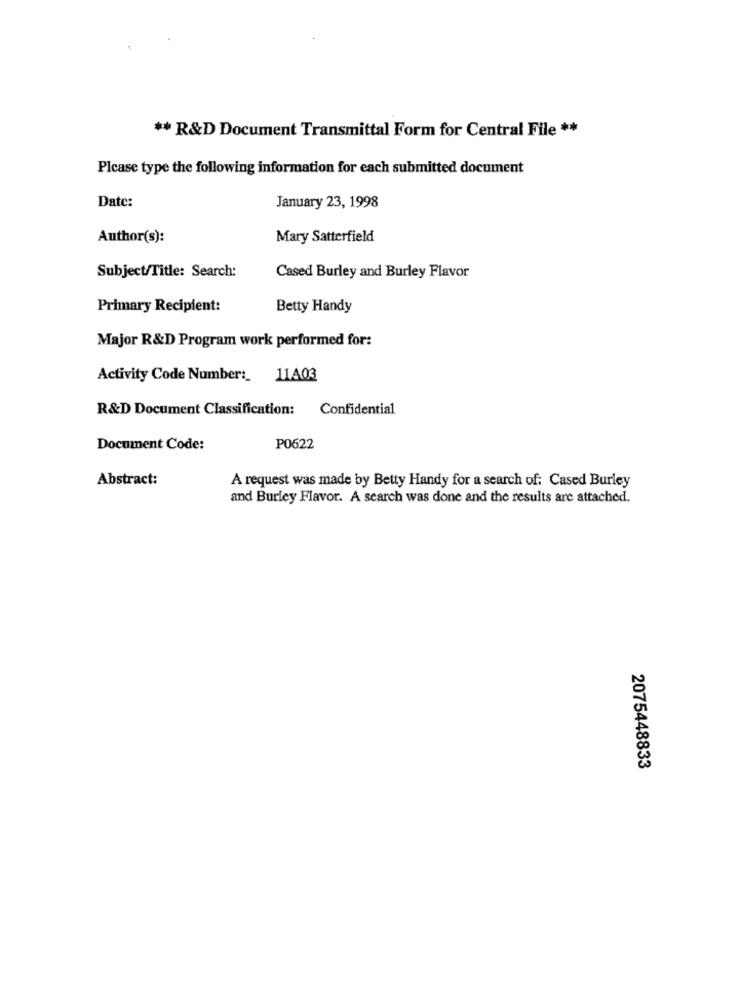
** R&D Document Transmittal Form for Central File **
Please type the following information for each submitted document
Date:
January 23, 1998
Author(s):
Mary Satterfield
Subject/Title: Search:
Cased Burley and Burley Flavor
Primary Recipient:
Betty Handy
Major R&D Program work performed for:
Activity Code Number :_ 11403
R&D Document Classification: Confidential
Document Code:
P0622
Abstract:
A request was made by Betty Handy for a search of: Cased Burley
and Burley Flavor. A search was done and the results are attached.
2075448833